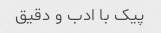
پیک با ادب و دقیق